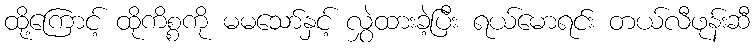
ထို့ကြောင့် ထိုကိစ္စကို မမသော်နှင့် လွှဲထားခဲ့ပြီး ရယ်မောရင်း တယ်လီဖုန်းဆီ